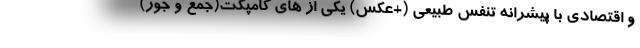
و اقتصادی با پیشرانه تنفس طبیعی (+عکس) یکی از های کامپکت(جمع و جور)